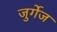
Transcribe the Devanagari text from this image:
जुर्गेज